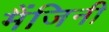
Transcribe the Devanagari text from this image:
मैंजिनी